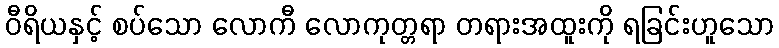
ဝီရိယနှင့် စပ်သော လောကီ လောကုတ္တရာ တရားအထူးကို ရခြင်းဟူသော